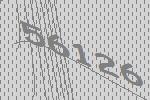
56126